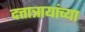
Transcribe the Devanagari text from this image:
दत्तात्रायांच्या